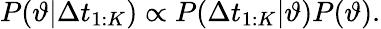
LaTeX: P(\vartheta|\Delta t_{1:K})\propto P(\Delta t_{1:K}|\vartheta)P(\vartheta).